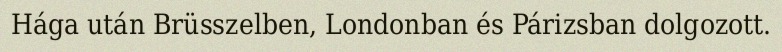
Hága után Brüsszelben, Londonban és Párizsban dolgozott.